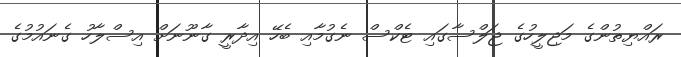
ރައްޔިތުންގެ މަޖިލީހުގެ ޖަލްސާގައި ޓެކްސް ނެގުމާއި ބެހޭ އިދާރީ ގާނޫނަށް އިސްލާހު ގެނައުމުގެ